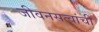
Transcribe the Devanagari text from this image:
जीवनसत्वांची